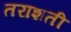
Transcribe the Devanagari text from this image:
तराशती